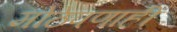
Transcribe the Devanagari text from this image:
मोठेपणाही